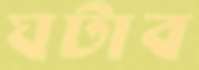
ঘটাব